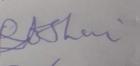
Signature authenticity: forged